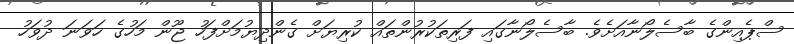
ސްޕެއިންގެ ބާސެލޯނާއަށެވެ. ބާސެލޯނާގައި ފަރިތަކުރުންތައް ކުރިޔަށް ގެންދިޔުމަށްފަހު ޖޫން މަހުގެ ހަވަނަ ދުވަހު